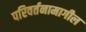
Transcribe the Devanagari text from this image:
परिवर्तनामागील